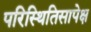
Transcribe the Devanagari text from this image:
परिस्थितिसापेक्ष